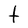
Character: t